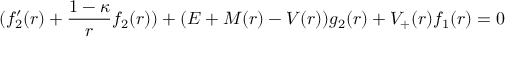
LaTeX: ( f _ { 2 } ^ { \prime } ( r ) + \frac { 1 - \kappa } { r } f _ { 2 } ( r ) ) + ( E + M ( r ) - V ( r ) ) g _ { 2 } ( r ) + V _ { + } ( r ) f _ { 1 } ( r ) = 0